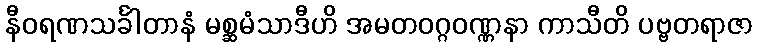
နီဝရဏသင်္ခါတာနံ မစ္ဆမံသာဒီဟိ အမတဝဂ္ဂဝဏ္ဏနာ ကာသီတိ ပဗ္ဗတရာဇာ